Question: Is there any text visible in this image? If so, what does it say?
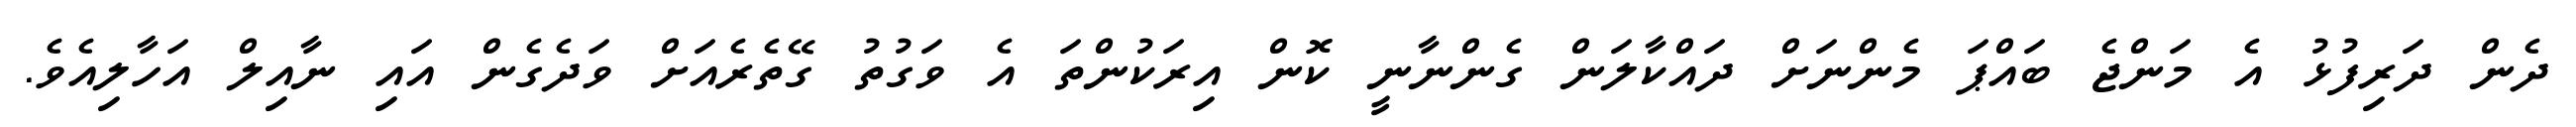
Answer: ދެން ދަރިފުޅު އެ މަންޖެ ބައްޕަ މެންނަށް ދައްކާލަން ގެންނާނީ ކޮން އިރަކުންތަ އެ ވަގުތު ގޭތެރެއަށް ވަދެގެން އައި ނާއިލް އަހާލިއެވެ.